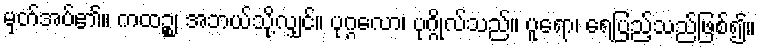
မှတ်အပ်၏။ ကထဉ္စ၊ အဘယ်သို့လျှင်။ ပုဂ္ဂလော၊ ပုဂ္ဂိုလ်သည်။ ပူရော၊ ရေပြည့်သည်ဖြစ်၍။